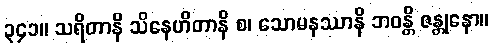
၃၄၁။ သရိတာနိ သိနေဟိတာနိ စ၊ သောမနဿာနိ ဘဝန္တိ ဇန္တုနော။